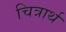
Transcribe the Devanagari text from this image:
चित्रार्थ